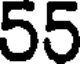
55